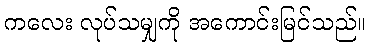
ကလေး လုပ်သမျှကို အကောင်းမြင်သည်။